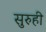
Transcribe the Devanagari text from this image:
सुरुही